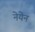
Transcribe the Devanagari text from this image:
नेयेन